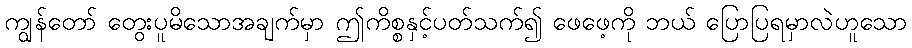
ကျွန်တော် တွေးပူမိသောအချက်မှာ ဤကိစ္စနှင့်ပတ်သက်၍ ဖေဖေ့ကို ဘယ် ပြောပြရမှာလဲဟူသော